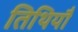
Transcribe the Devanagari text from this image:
तिथियौ